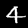
Digit: 4